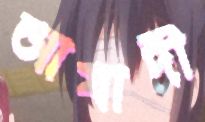
আযাদী